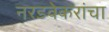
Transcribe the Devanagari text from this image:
नरडवेकरांचा